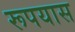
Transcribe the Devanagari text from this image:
रूपयास